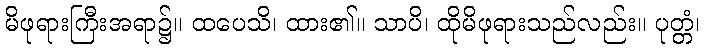
မိဖုရားကြီးအရာ၌။ ထပေသိ၊ ထား၏။ သာပိ၊ ထိုမိဖုရားသည်လည်း။ ပုတ္တံ၊